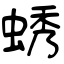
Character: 蜏